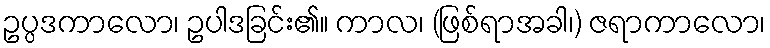
ဥပ္ပဒကာလော၊ ဥပါဒခြင်း၏။ ကာလ၊ (ဖြစ်ရာအခါ၊) ဇရာကာလော၊